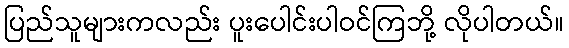
ပြည်သူများကလည်း ပူးပေါင်းပါဝင်ကြဘို့ လိုပါတယ်။